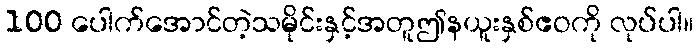
100 ပေါက်အောင်တဲ့သမိုင်းနှင့်အတူဤနယူးနှစ်ဧဝကို လုပ်ပါ။